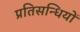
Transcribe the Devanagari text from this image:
प्रतिसन्धियों